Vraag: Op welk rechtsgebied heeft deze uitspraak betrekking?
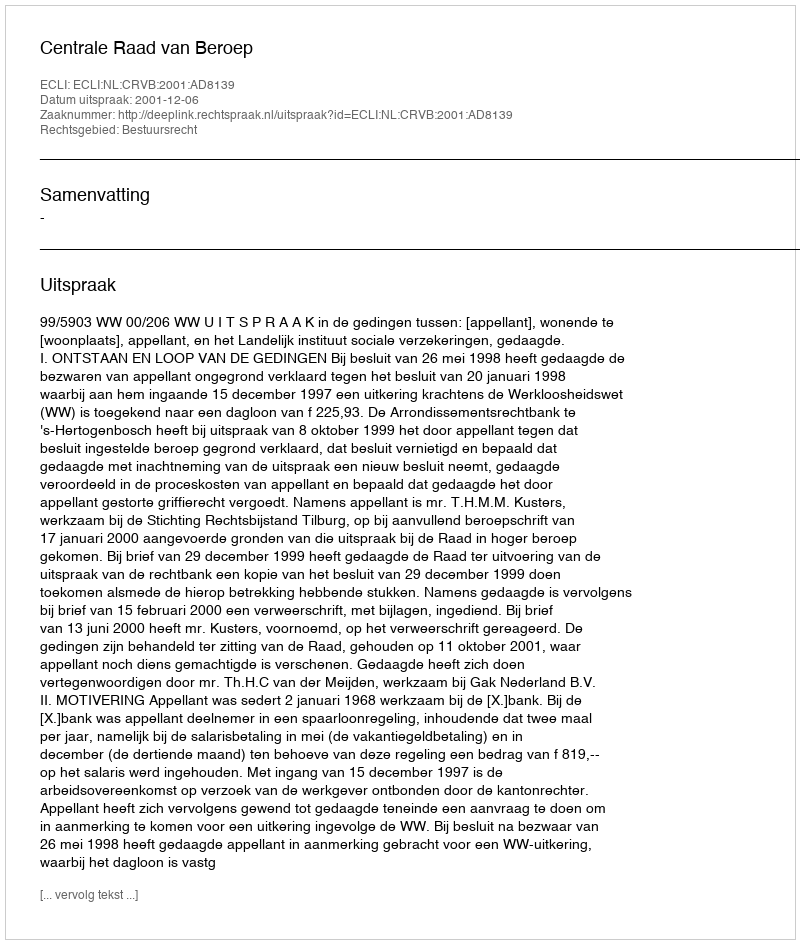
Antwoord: Bestuursrecht